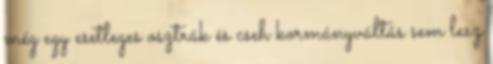
még egy esetleges osztrák és cseh kormányváltás sem lesz